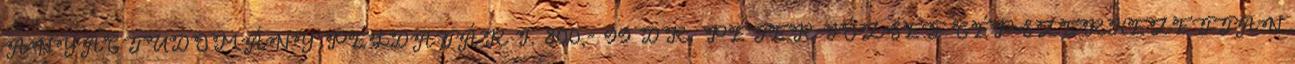
ANYAGTUDOMÁNY PÉLDATÁR I. 800,- 99 DR. PÉTER JÓZSEF GÉPSZERKEZETTAN